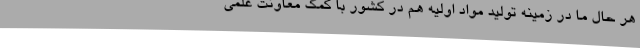
هر حال ما در زمینه تولید مواد اولیه هم در کشور با کمک معاونت علمی